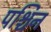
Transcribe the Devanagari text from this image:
पश्चिन